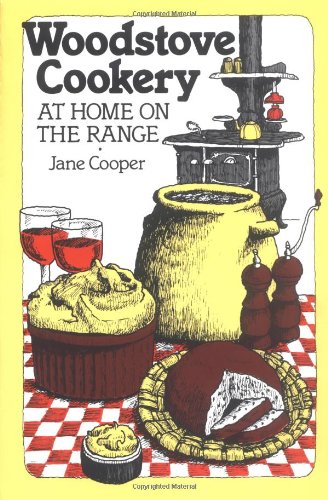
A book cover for Woodstove Cookery: At Home on the Range; Jane Cooper; Cookbooks, Food & Wine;